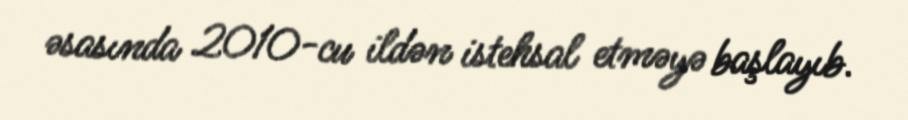
əsasında 2010-cu ildən istehsal etməyə başlayıb.